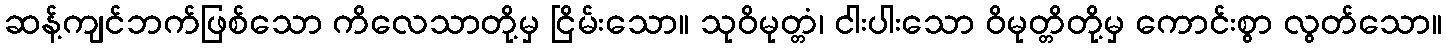
ဆန့်ကျင်ဘက်ဖြစ်သော ကိလေသာတို့မှ ငြိမ်းသော။ သုဝိမုတ္တံ၊ ငါးပါးသော ဝိမုတ္တိတို့မှ ကောင်းစွာ လွတ်သော။